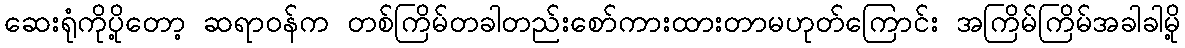
ဆေးရုံကိုပို့တော့ ဆရာဝန်က တစ်ကြိမ်တခါတည်းစော်ကားထားတာမဟုတ်ကြောင်း အကြိမ်ကြိမ်အခါခါမို့